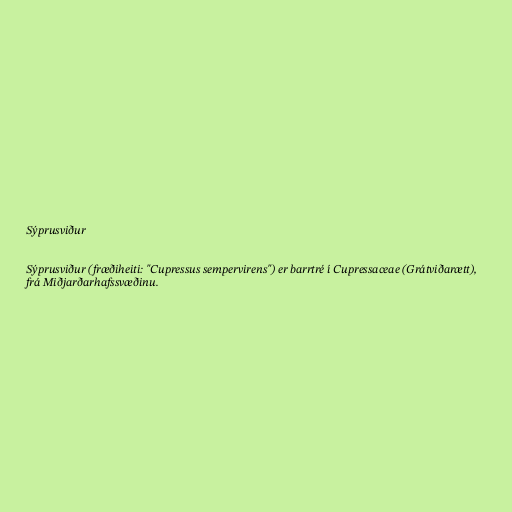
Sýprusviður

Sýprusviður (fræðiheiti: "Cupressus sempervirens") er barrtré í Cupressaceae (Grátviðarætt),
frá Miðjarðarhafssvæðinu.